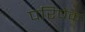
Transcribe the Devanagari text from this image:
परिषेक